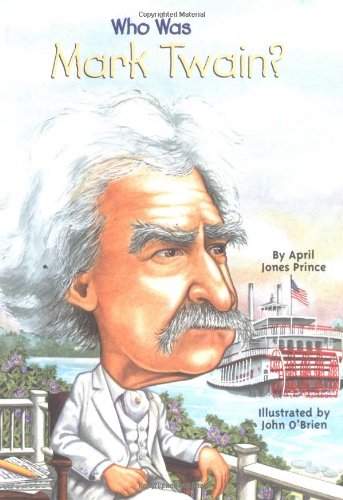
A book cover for Who Was Mark Twain?: Who Was?; April Jones Prince; Children's Books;